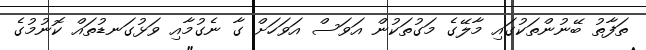
ތަފާތު ބޭނުންތަކުގައި މާލޭގެ މަގުތަކުން އަވަސް އަވަހަށް ގާ ނެގުމާއި ވަޅުގަނޑުތައް ކޮނުމުގެ